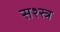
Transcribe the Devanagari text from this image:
सश्स्त्र